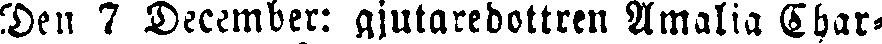
Den 7 December: gjutaredottren Amalia Char-